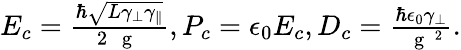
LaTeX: \begin{array}{r}{E_{c}=\frac{\hbar\sqrt{L{\gamma}_{\perp}{\gamma}_{\parallel}}}{2\mathrm{~\mathit~{~g~}~}},P_{c}=\epsilon_{0}E_{c},D_{c}=\frac{\hbar\epsilon_{0}\gamma_{\perp}}{\mathrm{~\mathit~{~g~}~}^{2}}.}\end{array}